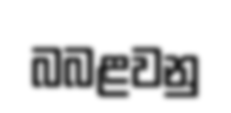
බබළවනු